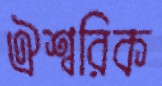
ঐশ্বরিক